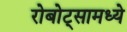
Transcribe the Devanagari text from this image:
रोबोट्सामध्ये